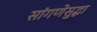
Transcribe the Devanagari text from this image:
सांगणेसुद्धा